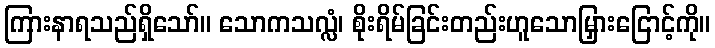
ကြားနာရသည်ရှိသော်။ သောကသလ္လံ၊ စိုးရိမ်ခြင်းတည်းဟူသောမြှားငြောင့်ကို။